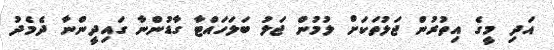
އަދި މީގެ އިތުރުން ޖަލުތަކަށް ލުމުން ޖަލު ބަލަހައްޓާ ގާޑުންނާ ގައިދީންނާ ދެމެދު